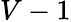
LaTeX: V-1